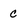
Character: c